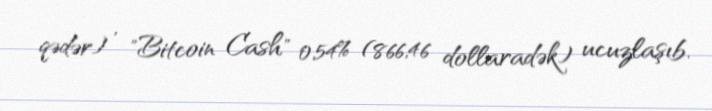
qədər) , "Bitcoin Cash" 0,54% (866,46 dollaradək) ucuzlaşıb.